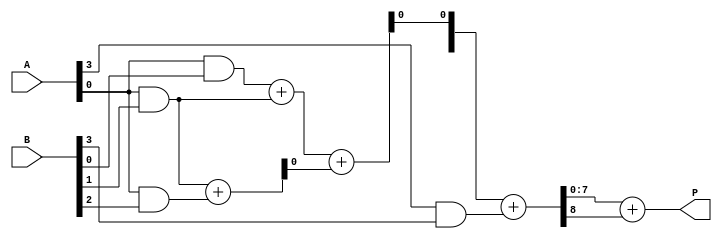
module dadda_multiplier #(parameter A_WIDTH = 4, B_WIDTH = 4)(
    input [A_WIDTH-1:0] A,
    input [B_WIDTH-1:0] B,
    output reg [A_WIDTH + B_WIDTH - 1:0] P
);

    // Partial Product Generation
    wire [A_WIDTH * B_WIDTH - 1:0] pp; // Partial products
    genvar i, j;
    generate
        for (i = 0; i < A_WIDTH; i = i + 1) begin : pp_gen
            for (j = 0; j < B_WIDTH; j = j + 1) begin : pp_gen_inner
                assign pp[i * B_WIDTH + j] = A[i] & B[j];
            end
        end
    endgenerate

    // Reduction Tree
    wire [A_WIDTH * B_WIDTH - 1:0] sum; // Intermediate sums
    wire [A_WIDTH * B_WIDTH - 1:0] carry; // Carry bits
    wire [A_WIDTH * B_WIDTH - 1:0] reduced_pp; // Reduced partial products

    // Stage 1 Reduction
    generate
        for (i = 0; i < A_WIDTH - 1; i = i + 1) begin : stage1
            assign {carry[i], sum[i]} = pp[i] + pp[i + 1];
        end
    endgenerate

    // Stage 2 Reduction
    generate
        for (i = 0; i < (A_WIDTH - 1) / 2; i = i + 1) begin : stage2
            assign {carry[i + (A_WIDTH - 1) / 2], reduced_pp[i]} = sum[i] + sum[i + 1];
        end
    endgenerate

    // Final Addition
    wire [A_WIDTH + B_WIDTH - 1:0] final_sum;
    wire final_carry;

    assign {final_carry, final_sum} = reduced_pp + pp[A_WIDTH * B_WIDTH - 1];

    // Output
    always @(*) begin
        P = final_sum + final_carry;
    end

endmodule